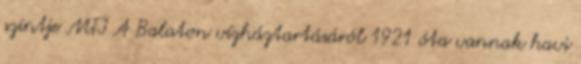
szintje MTI A Balaton vízháztartásáról 1921 óta vannak havi